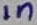
Text: 1n